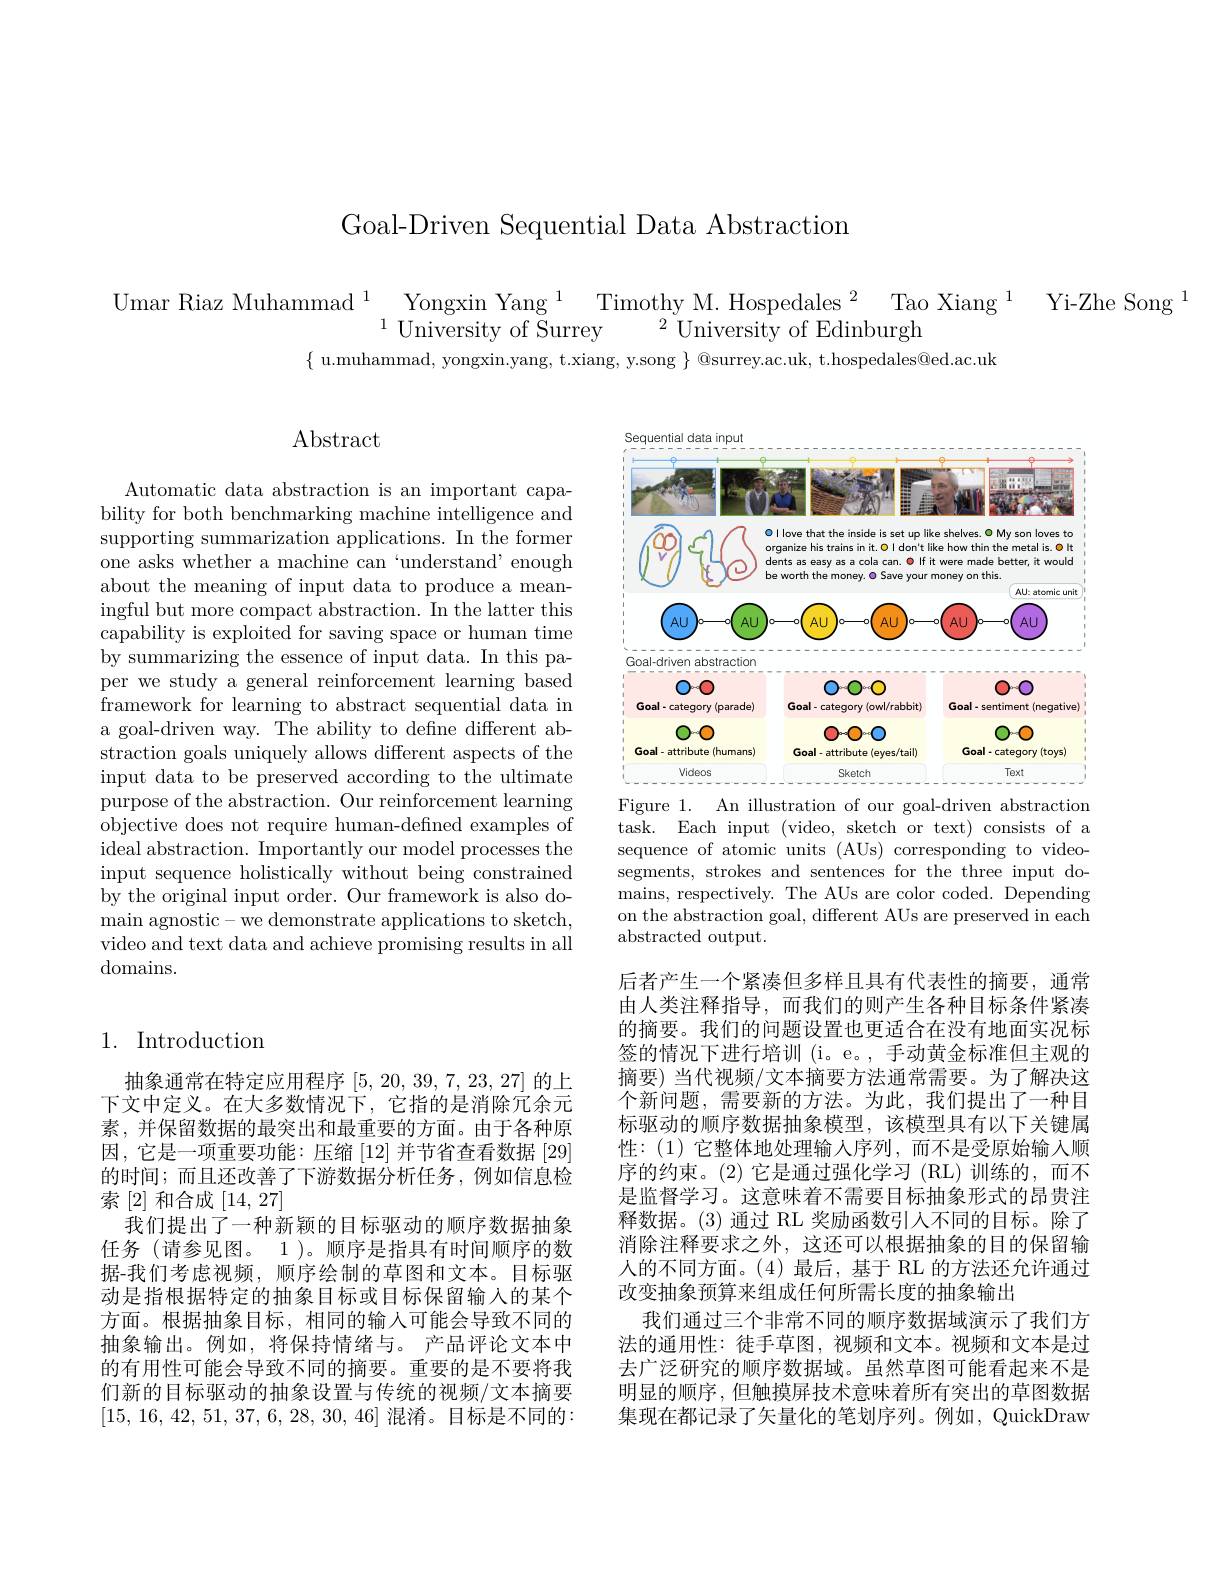
Goal-Driven Sequential Data Abstraction

$\text{Umar Riaz Muhammad}_{1}^{1}\text{Yongxin Yang}^{1}\text{Timothy M. Hospedales}^{2}\text{Tao Xiang}^{1}$ $\text{Yi- Zhe Song}^{1}$

$\{$ u.muhammad, yongxin.yang, t.xiang, y.song $\}$ @surrey.ac.uk, t.hospedales@ed.ac.uk

# $\operatorname{Abstract}$

Automatic data abstraction is an important capability for both benchmarking machine intelligence and supporting summarization applications. In the former one asks whether a machine can‘understand’enough about the meaning of input data to produce a meaningful but more compact abstraction. In the latter this capability is exploited for saving space or human time by summarizing the essence of input data. In this paper we study a general reinforcement learning based framework for learning to abstract sequential data in a goal-driven way. The ability to define different abstraction goals uniquely allows different aspects of the input data to be preserved according to the ultimate purpose of the abstraction. Our reinforcement learning objective does not require human-defined examples of ideal abstraction. Importantly our model processes the input sequence holistically without being constrained by the original input order. Our framework is also domain agnostic- we demonstrate applications to sketch, video and text data and achieve promising results in all domains.

## 1. Introduction

抽象通常在特定应用程序[5,20,39,7,23,27] 的上下文中定义。在大多数情况下，它指的是消除冗余元素，并保留数据的最突出和最重要的方面。由于各种原因，它是一项重要功能：压缩[12]并节省查看数据[29] 的时间；而且还改善了下游数据分析任务，例如信息检索[2]和合成[14,27]
我们提出了一种新颖的目标驱动的顺序数据抽象任务 (请参见图。1)。顺序是指具有时间顺序的数据-我们考虑视频，顺序绘制的草图和文本。目标驱动是指根据特定的抽象目标或目标保留输入的某个方面。根据抽象目标，相同的输人可能会导致不同的抽象输出。例如，将保持情绪与。产品评论文本中的有用性可能会导致不同的摘要。重要的是不要将我们新的目标驱动的抽象设置与传统的视频/文本摘要[15, 16, 42, 51, 37, 6, 28, 30, 46]混淆。目标是不同的：

<FigureHere>
Figure 1. An illustration of our goal-driven abstraction

task. Each input( video, sketch or text) consists of a sequence of atomic units (AUs) corresponding to videosegments, strokes and sentences for the three input domains, respectively. The AUs are color coded. Depending on the abstraction goal, different AUs are preserved in each abstracted output.

后者产生一个紧凑但多样且具有代表性的摘要，通常由人类注释指导，而我们的则产生各种目标条件紧凑的摘要。我们的问题设置也更适合在没有地面实况标签的情况下进行培训 (i。e。, 手动黄金标准但主观的摘要) 当代视频/文本摘要方法通常需要。为了解决这个新问题，需要新的方法。为此，我们提出了一种目标驱动的顺序数据抽象模型，该模型具有以下关键属性：(1)它整体地处理输人序列，而不是受原始输入顺序的约束。(2)它是通过强化学习(RL)训练的，而不是监督学习。这意味着不需要目标抽象形式的昂贵注释数据。(3)通过 RL 奖励函数引人不同的目标。除了消除注释要求之外，这还可以根据抽象的目的保留输人的不同方面。(4)最后，基于 RL 的方法还允许通过改变抽象预算来组成任何所需长度的抽象输出
我们通过三个非常不同的顺序数据域演示了我们方法的通用性：徒手草图，视频和文本。视频和文本是过去广泛研究的顺序数据域。虽然草图可能看起来不是明显的顺序，但触摸屏技术意味着所有突出的草图数据集现在都记录了矢量化的笔划序列。例如，QuickDraw